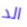
الد